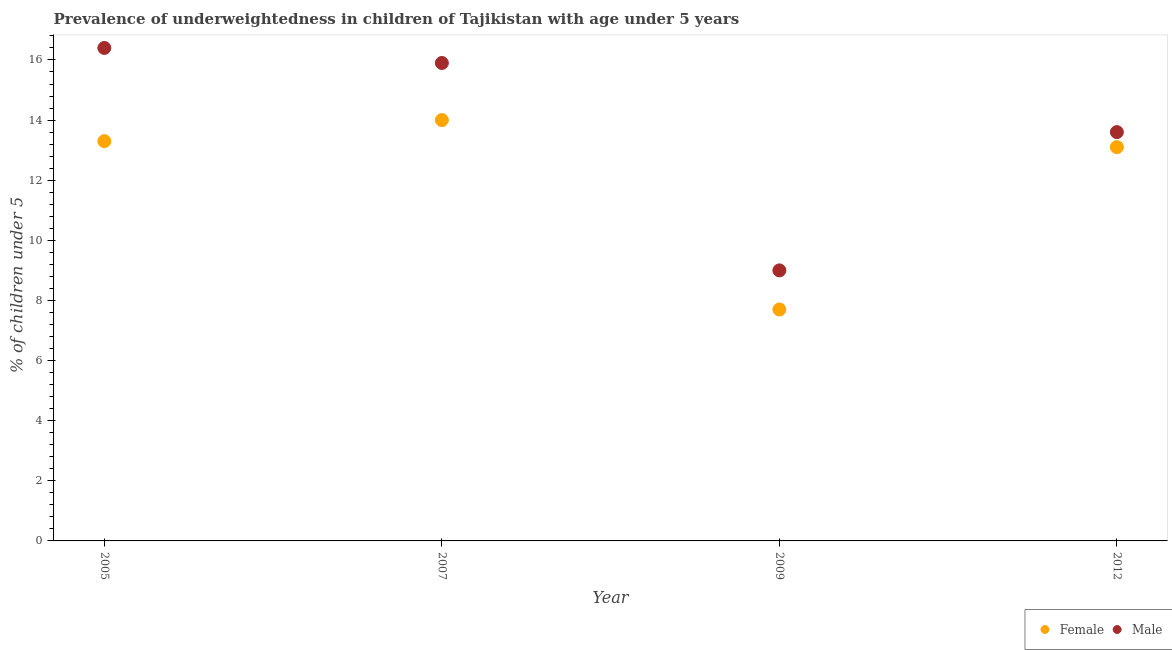
| Year | Female | Male |
 | --- | --- | --- |
 | 2005 | 13.3 | 16.4 |
 | 2007 | 14 | 15.9 |
 | 2009 | 7.7 | 9 |
 | 2012 | 13.1 | 13.6 |